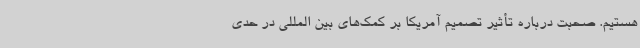
هستیم. صحبت درباره تأثیر تصمیم آمریکا بر کمک‌های بین المللی در حدی